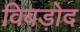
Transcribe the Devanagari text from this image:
विबड़ोद